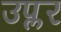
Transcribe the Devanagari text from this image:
उप्लर